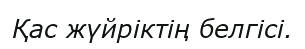
Қас жүйріктің белгісі.